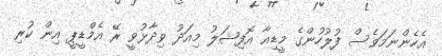
އެހެންނަމަވެސް ފުލުހުންގެ މީޑިއާ އޮފިޝަލު މިއަދު ވިދާޅުވީ ރޭ އެމްޑީޕީ އިން ކުރި